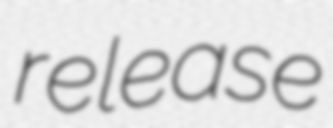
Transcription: release